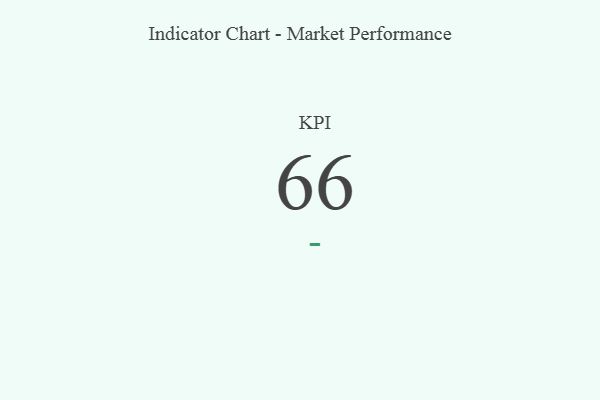
{"axis": {"x": "KPI", "y": "Value"}, "legend": [""], "data": [{"x": "KPI", "y": 66, "type": ""}]}